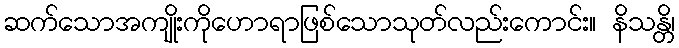
ဆက်သောအကျိုးကိုဟောရာဖြစ်သောသုတ်လည်းကောင်း။ နိသန္တိ၊